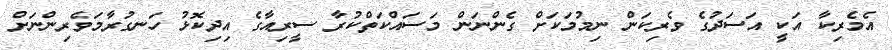
އެމެރިކާ އަކީ އަސަދުގެ ވެރިކަން ނިމުމަކަށް ގެންނަން މަސައްކަތްކުރާ ސީރިއާގެ އިދިކޮޅު ހަނގުރާމަވެރިންނަށް